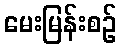
မေးမြန်းစဉ်